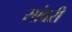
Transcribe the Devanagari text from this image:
सांबरी